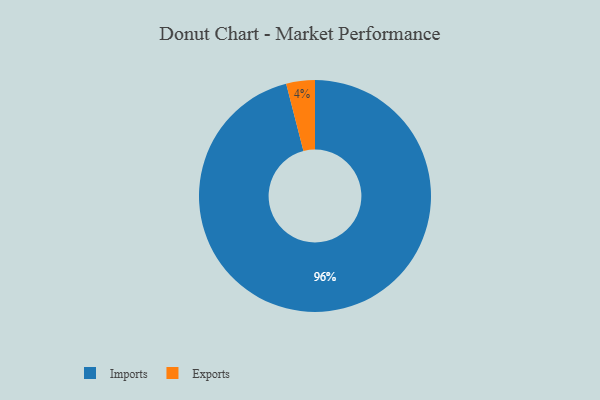
{"axis": {"x": "Category", "y": "Percentage"}, "legend": ["Exports", "Imports"], "data": [{"x": "Imports", "y": 96, "type": "Imports"}, {"x": "Exports", "y": 4, "type": "Exports"}]}